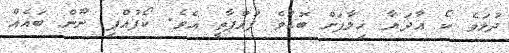
ދުޅަވެ ކޯ އާދަޔާ ޚިލާފަށް ބޮޑުވެ ފުއްޕާތީ އެވެ. ކޯފުއްޕި ނޫން ބައެއް